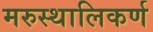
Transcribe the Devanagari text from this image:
मरुस्थालिकर्ण